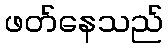
ဖတ်နေသည်